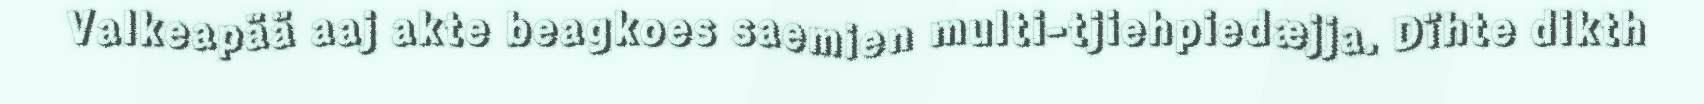
Valkeapää aaj akte beagkoes saemien multi-tjiehpiedæjja. Dïhte dikth